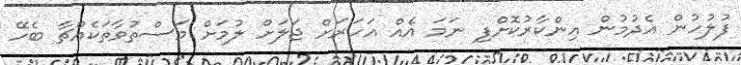
ފުލުހުން އެދުމުން އިންކާރުކޮށްފި ނަމަ އެއް އަހަރަށް ޖަލަށް ލުމަށް މަސްތުވާތަކެއްޗާ ބެހޭ